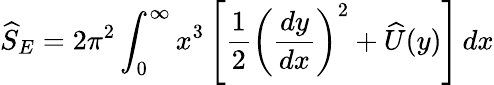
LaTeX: \widehat S_{E}=2\pi^{2}\int_{0}^{\infty}x^{3}\left[\frac 12\left({\frac{dy}{dx}}\right)^{2}+\widehat U(y)\right]\, dx